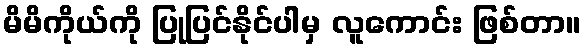
မိမိကိုယ်ကို ပြုပြင်နိုင်ပါမှ လူကောင်း ဖြစ်တာ။